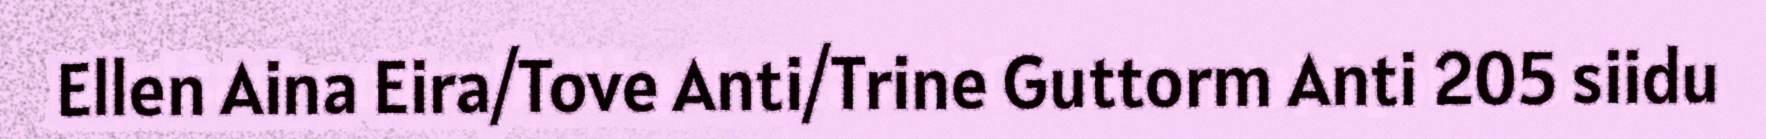
Ellen Aina Eira/Tove Anti/Trine Guttorm Anti 205 siidu